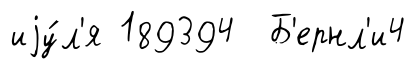
иjу́л'я 189394 Б'ернл'и4